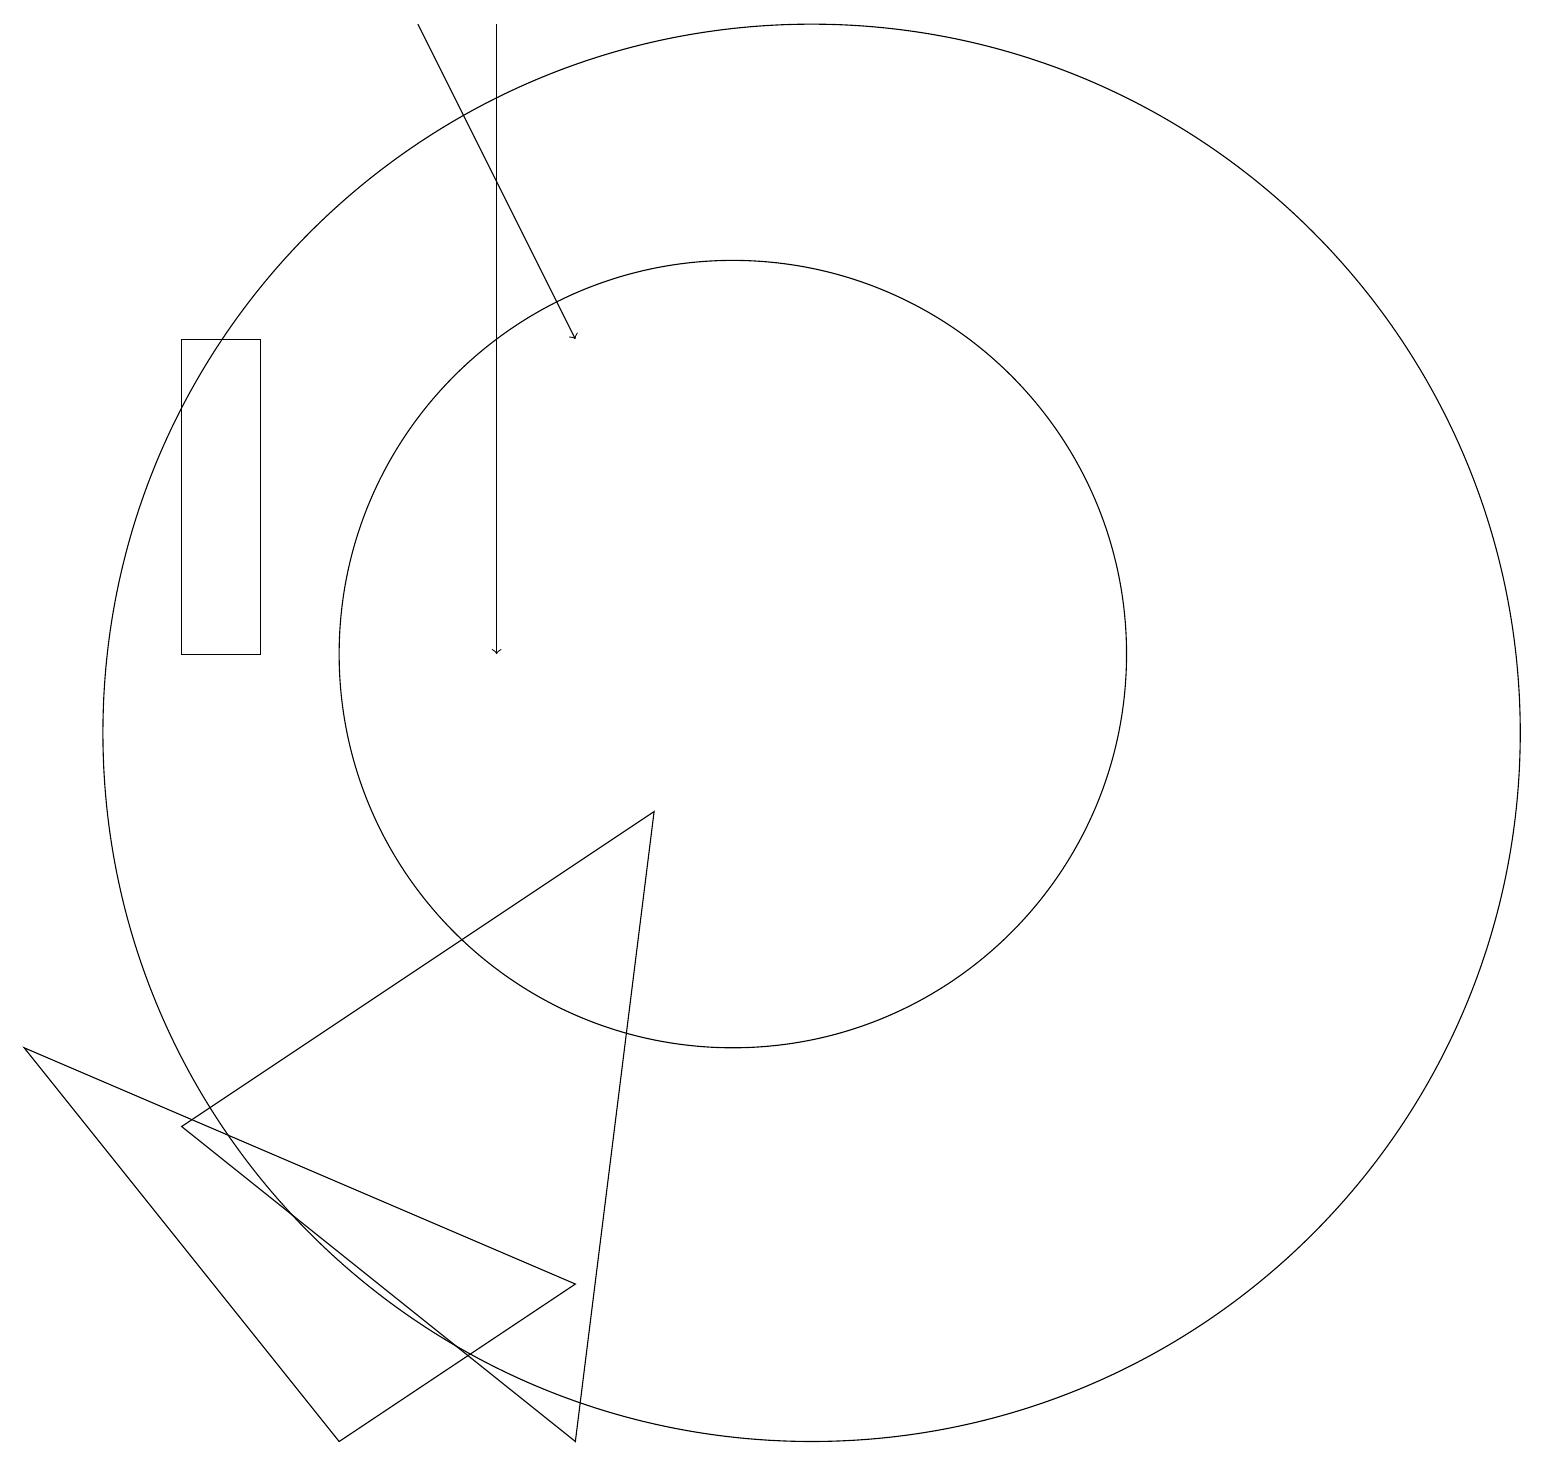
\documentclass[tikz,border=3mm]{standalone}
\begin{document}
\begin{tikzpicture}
\draw[->] (6,19) -- (8,15);
\draw (10,11) circle (5);
\draw (3,11) rectangle (4,15);
\draw (11,10) circle (9);
\draw (8,1) -- (9,9) -- (3,5) -- cycle;
\draw[->] (7,19) -- (7,11);
\draw (1,6) -- (8,3) -- (5,1) -- cycle;
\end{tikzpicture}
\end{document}